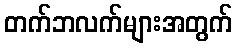
တက်ဘလက်များအတွက်